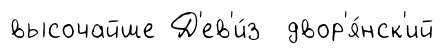
высочайше Д'ев'и́з двор'я́нск'ий